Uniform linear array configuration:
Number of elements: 32
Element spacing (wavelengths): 0.5
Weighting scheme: hamming
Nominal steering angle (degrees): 45
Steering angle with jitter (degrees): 43.538
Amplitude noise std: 0.05
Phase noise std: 0.05

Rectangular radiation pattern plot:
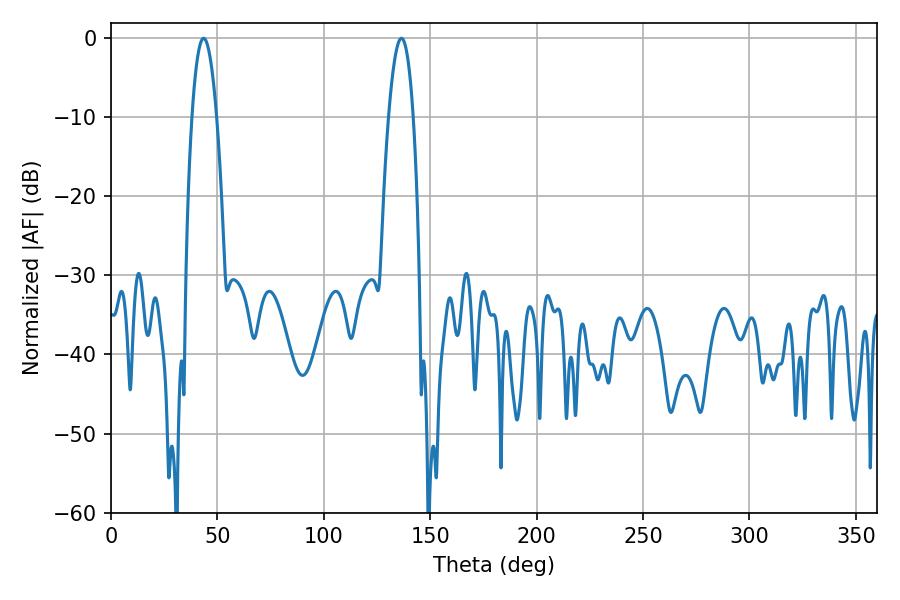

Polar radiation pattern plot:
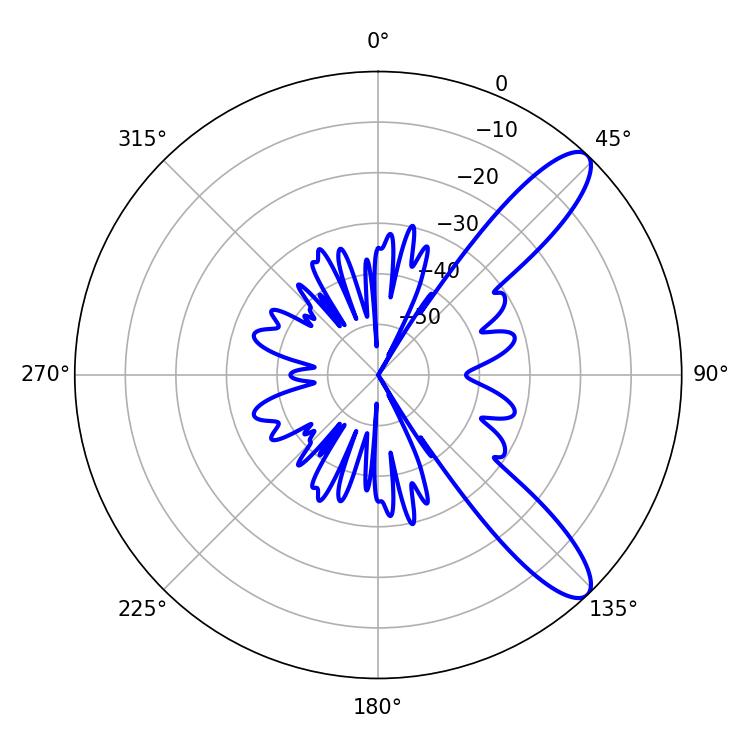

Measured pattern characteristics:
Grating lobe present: FALSE
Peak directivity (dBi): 10.805
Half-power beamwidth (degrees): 6.3
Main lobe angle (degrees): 43.56